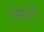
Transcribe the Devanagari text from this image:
बिटल